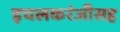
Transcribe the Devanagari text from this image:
इचलकरंजीसह